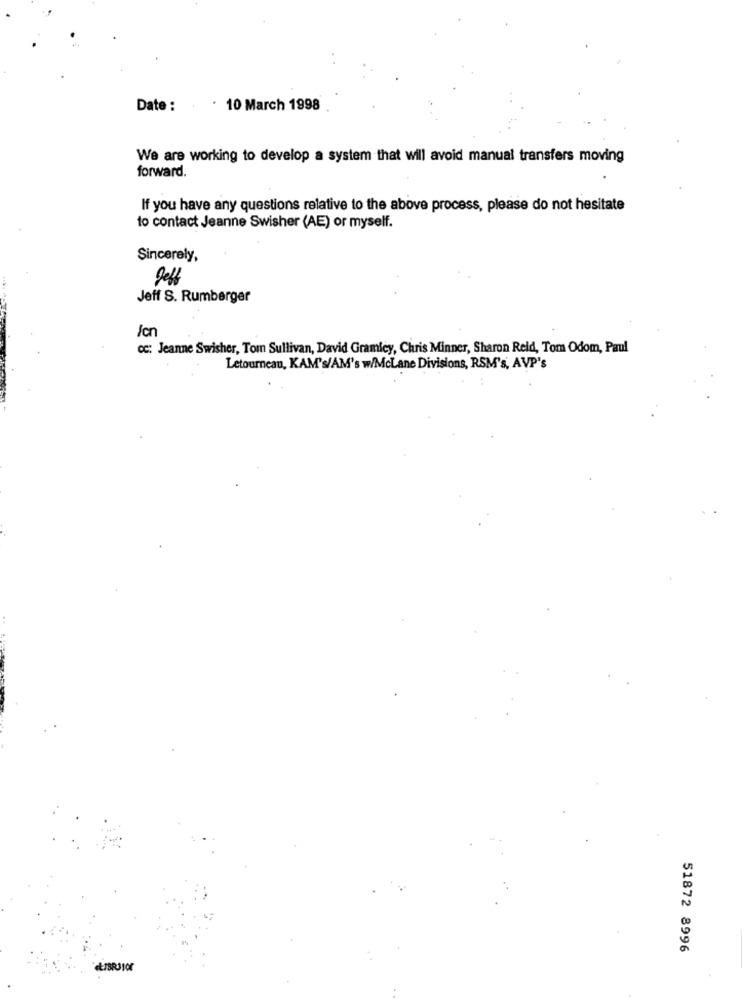
Date : . 10 March 1998
We are working to develop a system that will avoid manual transfers moving
forward.
If you have any questions relative to the above process, please do not hesitate
to contact Jeanne Swisher (AE) or myself.
Sincerely,
Jeff S. Rumberger
/cn
cc: Jeanne Swisher, Tom Sullivan, David Gramicy, Chris Minner, Sharon Reid, Tom Odom, Paul
Letourneau, KAM's/AM's w/McLane Divisions, RSM's, AVP's
51872 8996